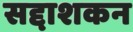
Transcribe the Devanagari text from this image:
सद्दाशकन